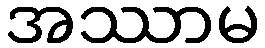
အဿာမ